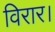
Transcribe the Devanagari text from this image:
विरार।